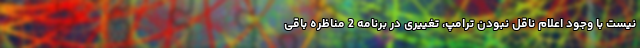
نیست با وجود اعلام ناقل نبودن ترامپ، تغییری در برنامه 2 مناظره باقی